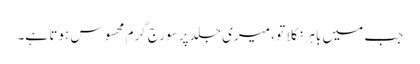
جب میں باہر نکلا تو ، میری جلد پر سورج گرم محسوس ہوتا ہے۔